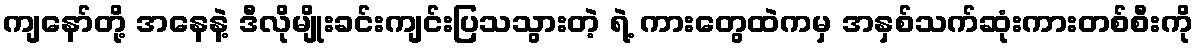
ကျနော်တို့ အနေနဲ့ ဒီလိုမျိုးခင်းကျင်းပြသသွားတဲ့ ရဲ့ ကားတွေထဲကမှ အနှစ်သက်ဆုံးကားတစ်စီးကို